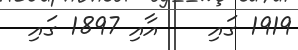
1919 ގައި    އާއި 1897 ގައި